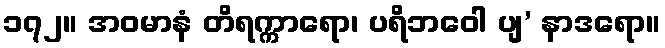
၁၇၂။ အဝမာနံ တိရက္ကာရော၊ ပရိဘဝေါ ပျ’ နာဒရော။